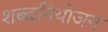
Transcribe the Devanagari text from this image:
शब्दनियोजन